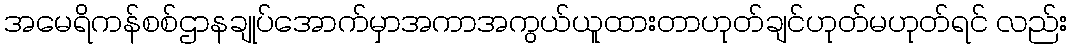
အမေရိကန်စစ်ဌာနချုပ်အောက်မှာအကာအကွယ်ယူထားတာဟုတ်ချင်ဟုတ်မဟုတ်ရင် လည်း